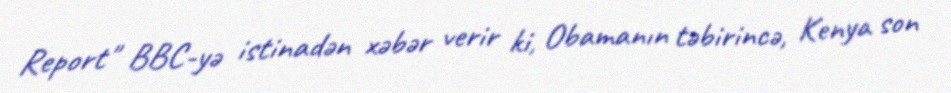
Report" BBC-yə istinadən xəbər verir ki, Obamanın təbirincə, Kenya son